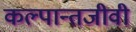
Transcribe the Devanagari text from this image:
कल्पान्तजीवी